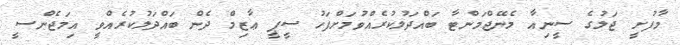
މާފުށީ ޖަލުގެ ސީނިއާ މެނޭޖްމަންޓާ ބައްދަލުކުރެއްވުމަށްފަހު ސީޕީ ޢާޒިމް ދެން ބައްދަލުކުރެއްވީ އިމަޖެންސީ